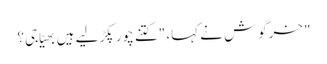
" خرگوش نے کہا، "کتنے چور پکڑ لیے ہیں بھیّا جی؟